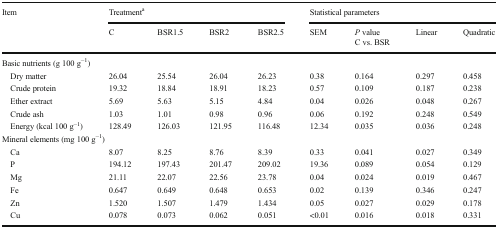
<table><thead><tr><td rowspan="2"><b>Item</b></td><td colspan="4"><b>Treatment<sup>a</sup></b></td><td colspan="4"><b>Statistical parameters</b></td></tr><tr><td><b>C</b></td><td><b>BSR1.5</b></td><td><b>BSR2</b></td><td><b>BSR2.5</b></td><td><b>SEM</b></td><td><b><i>P</i> value C vs. BSR</b></td><td><b>Linear</b></td><td><b>Quadratic</b></td></tr></thead><tbody><tr><td colspan="9">Basic nutrients (g 100 g<sup>−1</sup>)</td></tr><tr><td> Dry matter</td><td>26.04</td><td>25.54</td><td>26.04</td><td>26.23</td><td>0.38</td><td>0.164</td><td>0.297</td><td>0.458</td></tr><tr><td> Crude protein</td><td>19.32</td><td>18.84</td><td>18.91</td><td>18.23</td><td>0.57</td><td>0.109</td><td>0.187</td><td>0.238</td></tr><tr><td> Ether extract</td><td>5.69</td><td>5.63</td><td>5.15</td><td>4.84</td><td>0.04</td><td>0.026</td><td>0.048</td><td>0.267</td></tr><tr><td> Crude ash</td><td>1.03</td><td>1.01</td><td>0.98</td><td>0.96</td><td>0.06</td><td>0.192</td><td>0.248</td><td>0.549</td></tr><tr><td> Energy (kcal 100 g<sup>−1</sup>)</td><td>128.49</td><td>126.03</td><td>121.95</td><td>116.48</td><td>12.34</td><td>0.035</td><td>0.036</td><td>0.248</td></tr><tr><td colspan="9">Mineral elements (mg 100 g<sup>−1</sup>)</td></tr><tr><td> Ca</td><td>8.07</td><td>8.25</td><td>8.76</td><td>8.39</td><td>0.33</td><td>0.041</td><td>0.027</td><td>0.349</td></tr><tr><td> P</td><td>194.12</td><td>197.43</td><td>201.47</td><td>209.02</td><td>19.36</td><td>0.089</td><td>0.054</td><td>0.129</td></tr><tr><td> Mg</td><td>21.11</td><td>22.07</td><td>22.56</td><td>23.78</td><td>0.04</td><td>0.024</td><td>0.019</td><td>0.467</td></tr><tr><td> Fe</td><td>0.647</td><td>0.649</td><td>0.648</td><td>0.653</td><td>0.02</td><td>0.139</td><td>0.346</td><td>0.247</td></tr><tr><td> Zn</td><td>1.520</td><td>1.507</td><td>1.479</td><td>1.434</td><td>0.05</td><td>0.027</td><td>0.029</td><td>0.178</td></tr><tr><td> Cu</td><td>0.078</td><td>0.073</td><td>0.062</td><td>0.051</td><td>&lt;0.01</td><td>0.016</td><td>0.018</td><td>0.331</td></tr></tbody></table>